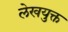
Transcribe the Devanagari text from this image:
लेखयुक्त